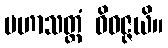
မဟာသတ္တံ ဝိဝဇ္ဇယိ။